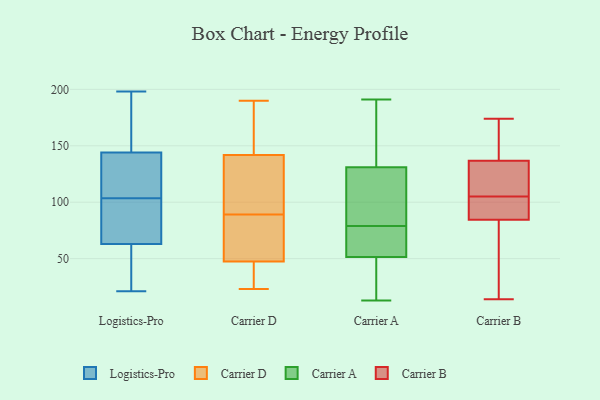
{"axis": {"x": "Production Output", "y": "Value"}, "legend": ["Carrier A", "Carrier B", "Carrier D", "Logistics-Pro"], "data": [{"x": "", "y": 166, "type": "Logistics-Pro"}, {"x": "", "y": 63, "type": "Logistics-Pro"}, {"x": "", "y": 41, "type": "Logistics-Pro"}, {"x": "", "y": 70, "type": "Logistics-Pro"}, {"x": "", "y": 144, "type": "Logistics-Pro"}, {"x": "", "y": 128, "type": "Logistics-Pro"}, {"x": "", "y": 129, "type": "Logistics-Pro"}, {"x": "", "y": 79, "type": "Logistics-Pro"}, {"x": "", "y": 198, "type": "Logistics-Pro"}, {"x": "", "y": 21, "type": "Logistics-Pro"}, {"x": "", "y": 153, "type": "Carrier D"}, {"x": "", "y": 49, "type": "Carrier D"}, {"x": "", "y": 23, "type": "Carrier D"}, {"x": "", "y": 35, "type": "Carrier D"}, {"x": "", "y": 43, "type": "Carrier D"}, {"x": "", "y": 51, "type": "Carrier D"}, {"x": "", "y": 77, "type": "Carrier D"}, {"x": "", "y": 64, "type": "Carrier D"}, {"x": "", "y": 93, "type": "Carrier D"}, {"x": "", "y": 138, "type": "Carrier D"}, {"x": "", "y": 42, "type": "Carrier D"}, {"x": "", "y": 153, "type": "Carrier D"}, {"x": "", "y": 168, "type": "Carrier D"}, {"x": "", "y": 127, "type": "Carrier D"}, {"x": "", "y": 190, "type": "Carrier D"}, {"x": "", "y": 133, "type": "Carrier D"}, {"x": "", "y": 89, "type": "Carrier D"}, {"x": "", "y": 168, "type": "Carrier A"}, {"x": "", "y": 83, "type": "Carrier A"}, {"x": "", "y": 77, "type": "Carrier A"}, {"x": "", "y": 13, "type": "Carrier A"}, {"x": "", "y": 110, "type": "Carrier A"}, {"x": "", "y": 53, "type": "Carrier A"}, {"x": "", "y": 64, "type": "Carrier A"}, {"x": "", "y": 40, "type": "Carrier A"}, {"x": "", "y": 79, "type": "Carrier A"}, {"x": "", "y": 122, "type": "Carrier A"}, {"x": "", "y": 51, "type": "Carrier A"}, {"x": "", "y": 71, "type": "Carrier A"}, {"x": "", "y": 153, "type": "Carrier A"}, {"x": "", "y": 168, "type": "Carrier A"}, {"x": "", "y": 17, "type": "Carrier A"}, {"x": "", "y": 18, "type": "Carrier A"}, {"x": "", "y": 134, "type": "Carrier A"}, {"x": "", "y": 93, "type": "Carrier A"}, {"x": "", "y": 191, "type": "Carrier A"}, {"x": "", "y": 14, "type": "Carrier B"}, {"x": "", "y": 130, "type": "Carrier B"}, {"x": "", "y": 33, "type": "Carrier B"}, {"x": "", "y": 157, "type": "Carrier B"}, {"x": "", "y": 158, "type": "Carrier B"}, {"x": "", "y": 129, "type": "Carrier B"}, {"x": "", "y": 90, "type": "Carrier B"}, {"x": "", "y": 160, "type": "Carrier B"}, {"x": "", "y": 88, "type": "Carrier B"}, {"x": "", "y": 174, "type": "Carrier B"}, {"x": "", "y": 67, "type": "Carrier B"}, {"x": "", "y": 95, "type": "Carrier B"}, {"x": "", "y": 126, "type": "Carrier B"}, {"x": "", "y": 118, "type": "Carrier B"}, {"x": "", "y": 85, "type": "Carrier B"}, {"x": "", "y": 83, "type": "Carrier B"}, {"x": "", "y": 105, "type": "Carrier B"}]}